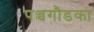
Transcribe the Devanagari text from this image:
पञ्चगौडका